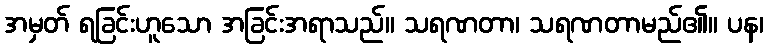
အမှတ် ရခြင်းဟူသော အခြင်းအရာသည်။ သရဏတာ၊ သရဏတာမည်၏။ ပန၊